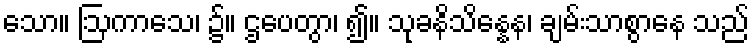
သော။ ဩကာသေ၊ ၌။ ဌပေတွာ၊ ၍။ သုခနိသိန္နေန၊ ချမ်းသာစွာနေ သည်